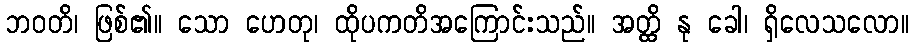
ဘဝတိ၊ ဖြစ်၏။ သော ဟေတု၊ ထိုပကတိအကြောင်းသည်။ အတ္ထိ နု ခေါ၊ ရှိလေသလော။